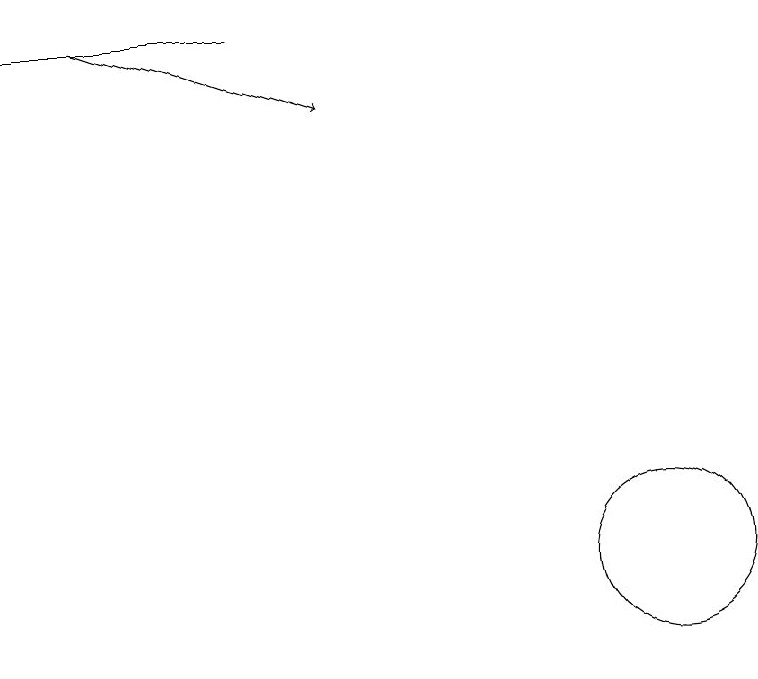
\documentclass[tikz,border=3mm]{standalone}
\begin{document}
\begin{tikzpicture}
\draw[->] (3,18) -- (6,17);
\draw (2,18) rectangle (5,18);
\draw (10,11) circle (1);
\draw (11,12) circle (0);
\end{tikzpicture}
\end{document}